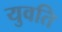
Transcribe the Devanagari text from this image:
युवति